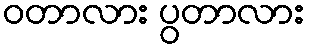
ဝတာလား ပွတာလား